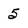
Character: 5